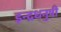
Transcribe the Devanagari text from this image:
इन्‍द्रधनुषी